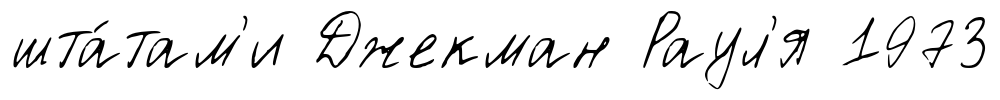
шта́там'и Джекман Раул'я 1973